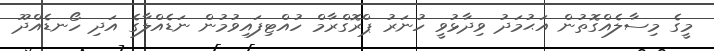
މީގެ މިސާލެއްގޮތުން އަޙުމަދު ވިދާޅުވީ ހުނަރު ޕްރޮގްރާމް ހުއްޓިފައިވުމުން ނަޑެއްލާގެ އަދި ހޯނޑެއްދޫ